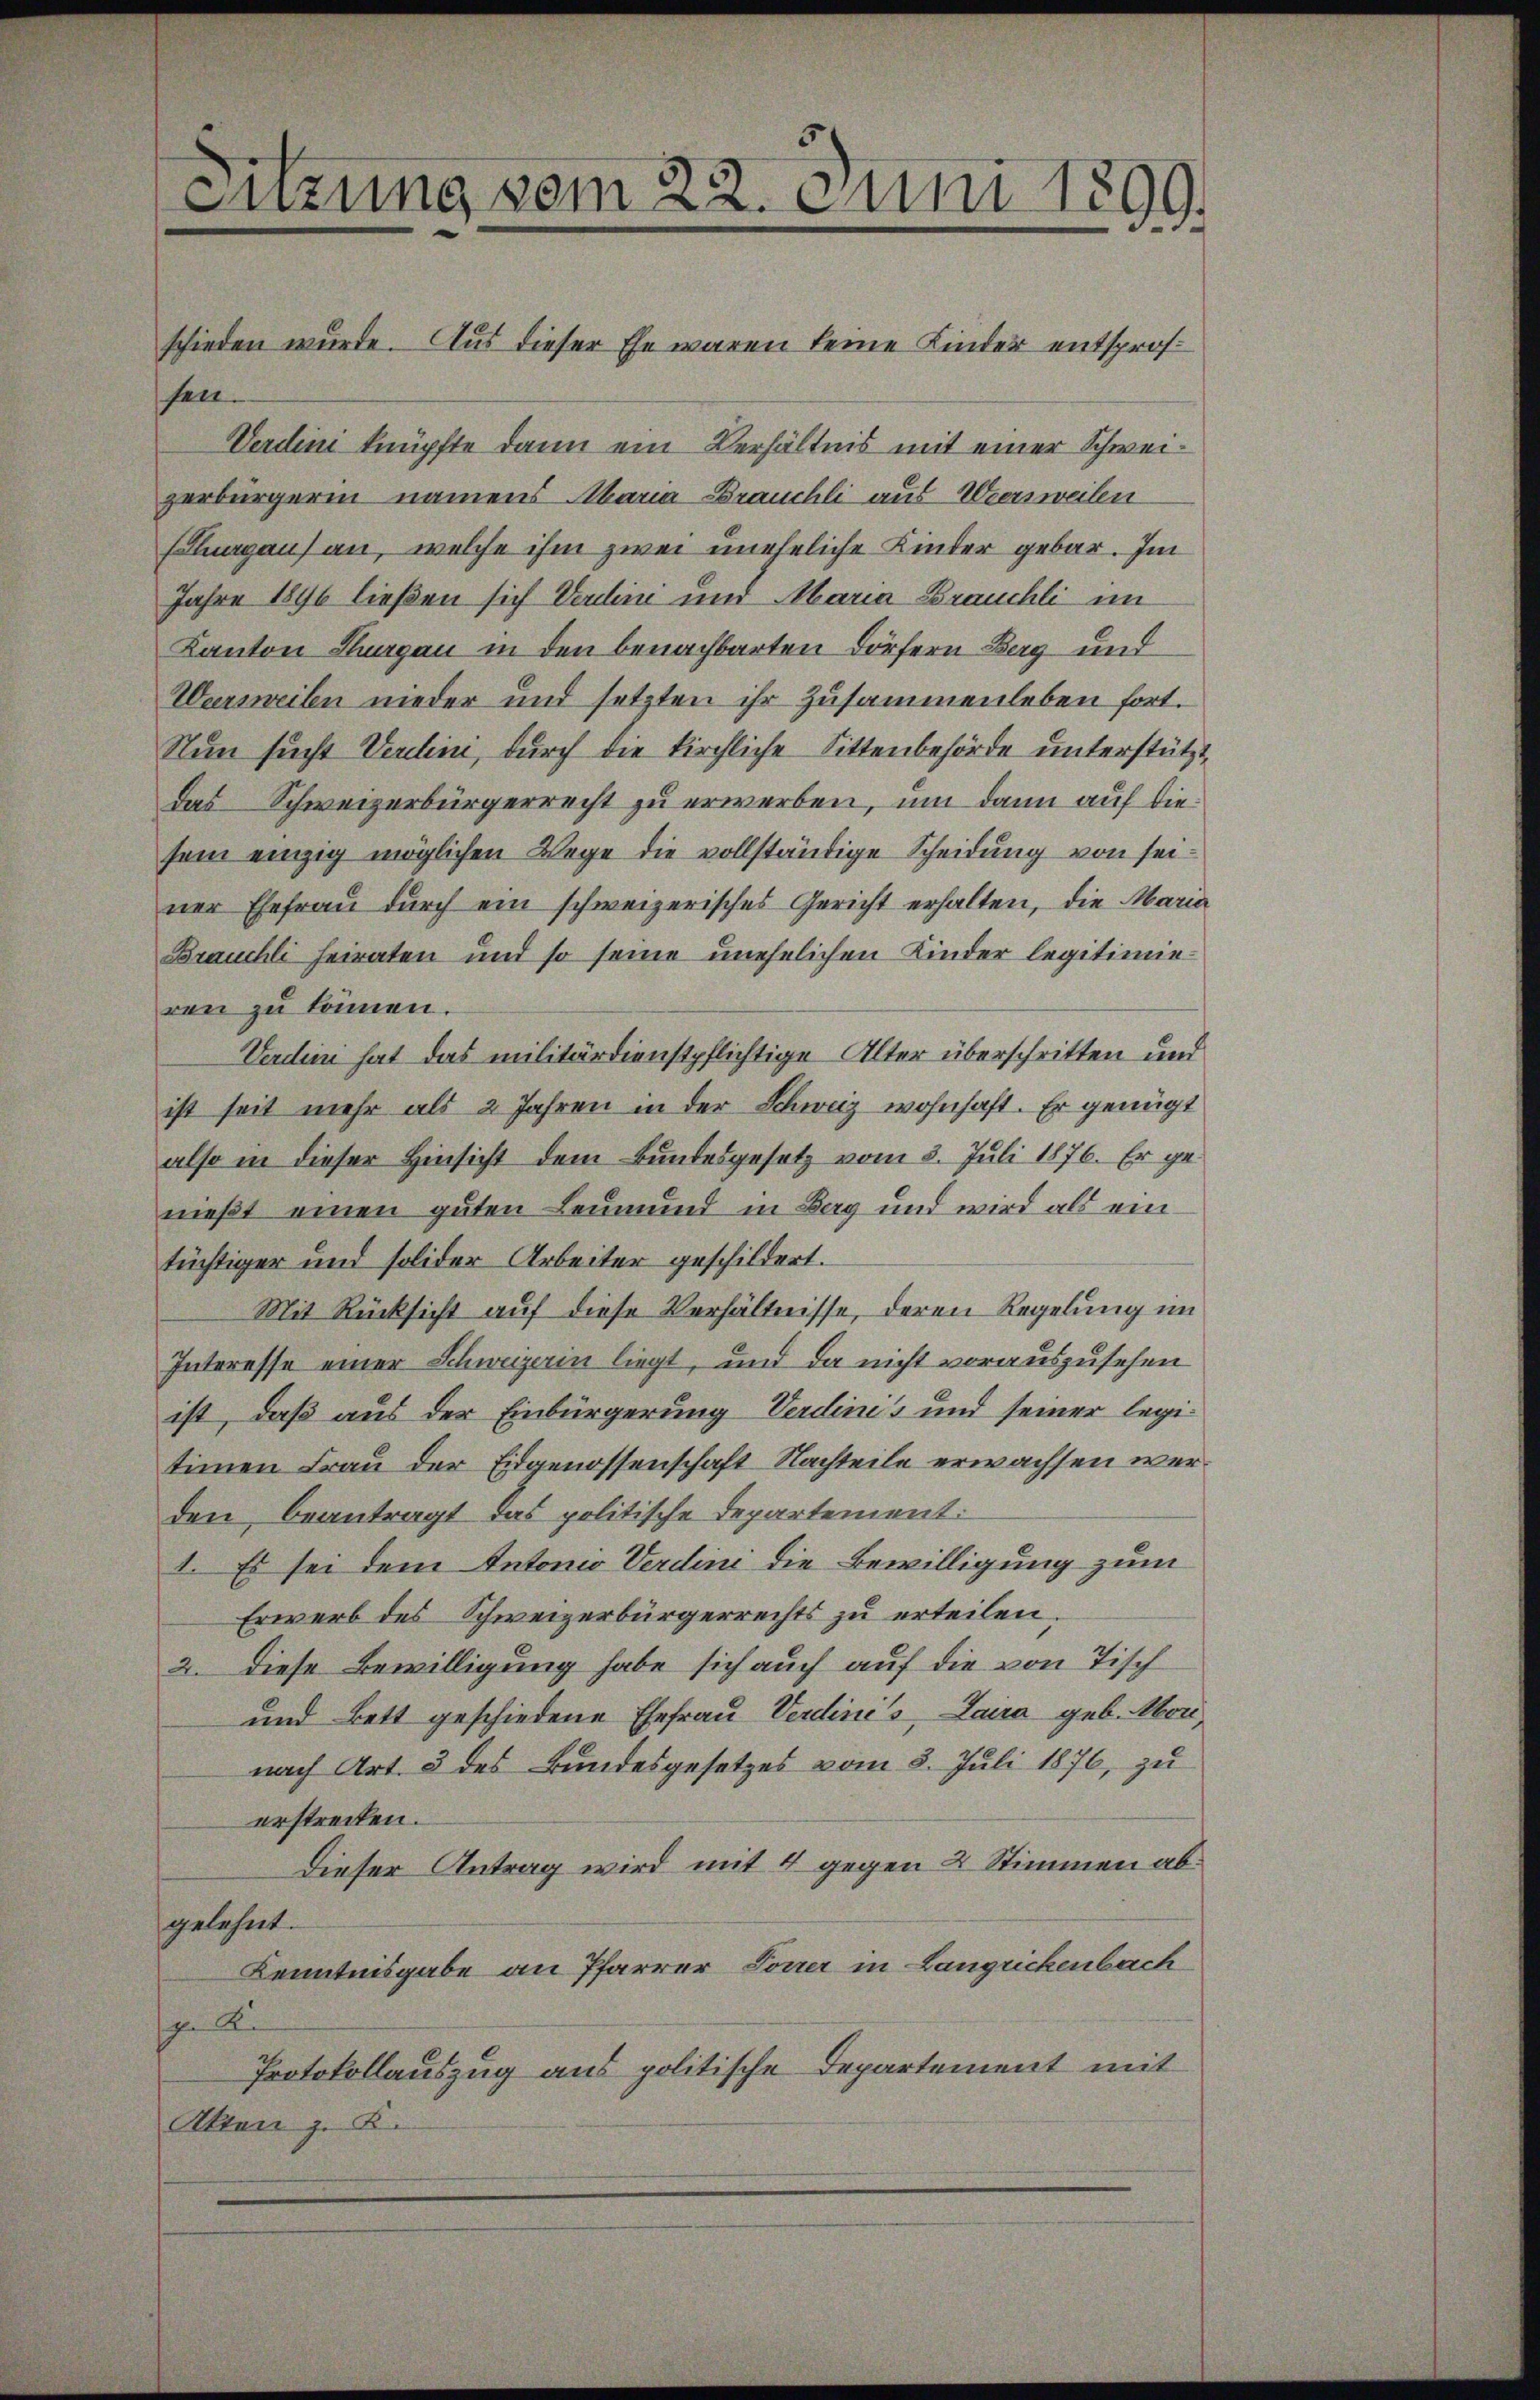
enzung vom 22. Juni 1899.

schieden wurde. Aus dieser Ehe waren keine Kinder entsprosen.
Verdini knüpfte dann ein Verhältnis mit einer Schweizerbürgerin namens Maria Bräuchli aus Weersweilen
luagau) an, welche ihm zwei uneheliche Kinder gebar. Im
Jahre 1896 ließen sich Verlini und Maria Brauchli im
Kanton Hungau in den benachbarten Dörfern Bag und
Wersweilen nieder und setzten ihr zusammenleben fort.
Nun sucht Verdini, durch die kirchliche Sittenbehörde unterstützdas Schweizerbürgerrecht zu erwerben, um dann auf diesein einzig möglichen Wege die vollständige Scheidung von seiner Ehefrau durch ein schweizerisches Gericht erhalten, die Marie
Brauchli heiraten und so seine unehelichen Kinder legitimieren zu können.
Verdini hat das militärdienstpflichtige Alter überschritten und
ist seit mehr als 2 Jahren in der Schweiz wohnhaft. Er genügt
also in dieser Hinsicht dem Bundesgesetz vom 3. Juli 1876. Er genießt einen guten Leumund in Bag und wird als ein
tüchtiger und solider Arbeiter geschildert.
Mit Rücksicht auf diese Verhältnisse, deren Regelung im
Interesse einer Schweizerin liegt, und da nicht vorauszusehen
ist, daß aus der Einbürgerung Verdinis und seiner legitimen Frau der Eidgenossenschaft Nachteile erwachsen werden, beantragt das politische Departement:
1. Es sei dem Antonio Verdini die Bewilligung zum
Erwerb des Schweizerbürgerrechts zu erteilen;
2. Diese Bewilligung habe sich auch auf die von Tisch
und Bett geschiedene Ehefrau Verdinis, Laira geb. Mor
nach Art. 3 des Bundesgesetzes vom 8. Juli 1876, zu
erstrecken.
Dieser Antrag wird mit 4 gegen 2 Stimmen abgelehnt.
Kenntnisgabe an Pfarrer Torrer in Langrickenbach
h. Re
Protokollauszug aus politische Departement mit
Akten z. K.